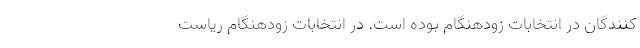
کنندگان در انتخابات زودهنگام بوده است. در انتخابات زودهنگام ریاست